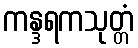
ကန္ဒရကသုတ္တံ